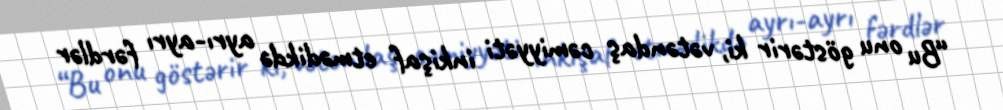
“Bu onu göstərir ki, vətəndaş cəmiyyəti inkişaf etmədikdə ayrı-ayrı fərdlər